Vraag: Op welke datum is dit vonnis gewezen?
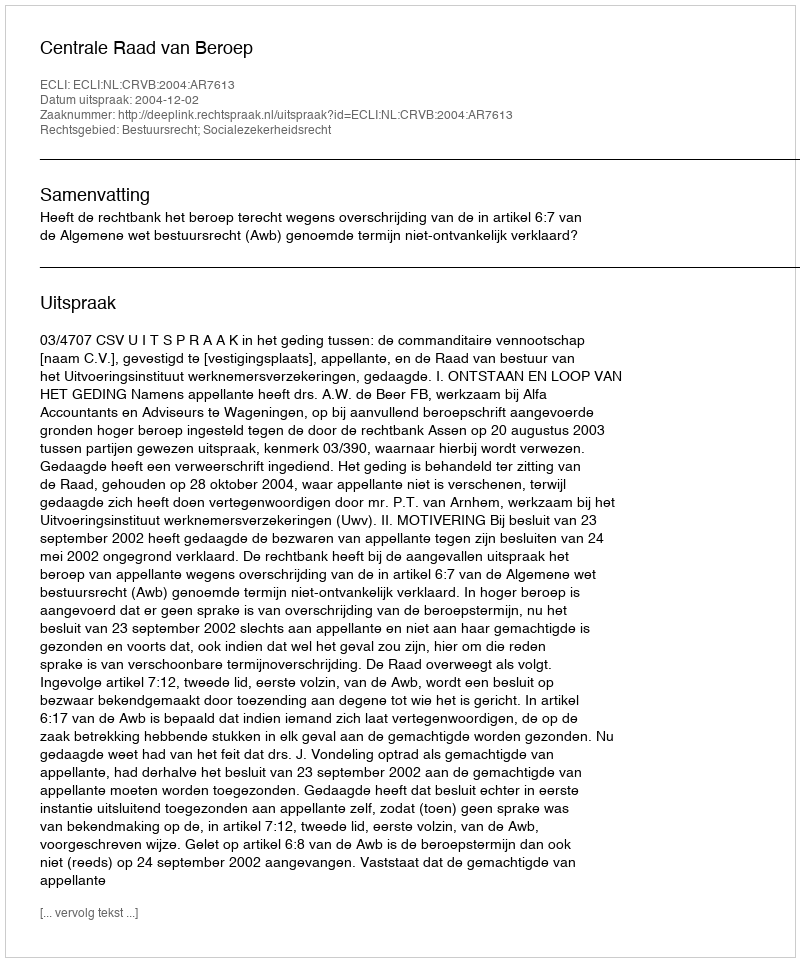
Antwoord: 2004-12-02